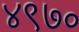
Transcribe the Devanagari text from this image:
४९७०